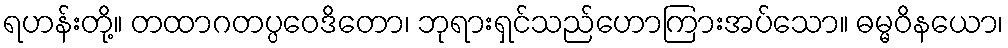
ရဟန်းတို့။ တထာဂတပ္ပဝေဒိတော၊ ဘုရားရှင်သည်ဟောကြားအပ်သော။ ဓမ္မဝိနယော၊